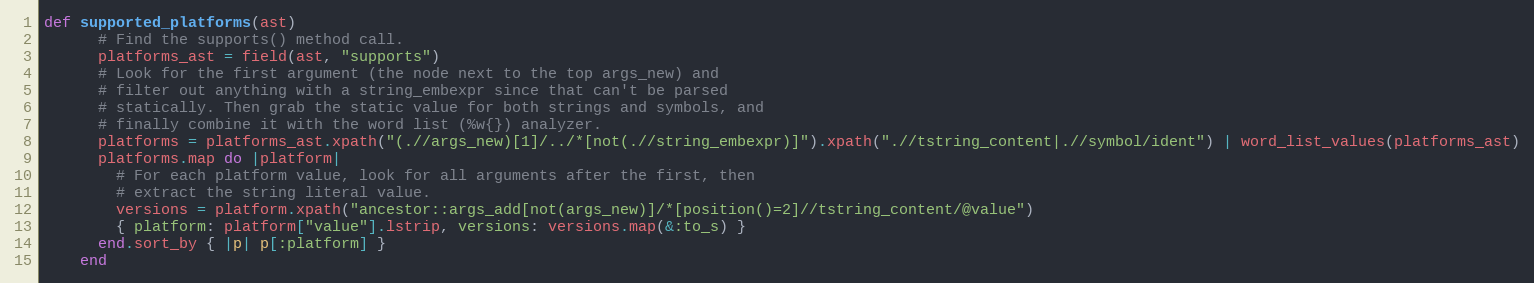
Language: Ruby
def supported_platforms(ast)
      # Find the supports() method call.
      platforms_ast = field(ast, "supports")
      # Look for the first argument (the node next to the top args_new) and
      # filter out anything with a string_embexpr since that can't be parsed
      # statically. Then grab the static value for both strings and symbols, and
      # finally combine it with the word list (%w{}) analyzer.
      platforms = platforms_ast.xpath("(.//args_new)[1]/../*[not(.//string_embexpr)]").xpath(".//tstring_content|.//symbol/ident") | word_list_values(platforms_ast)
      platforms.map do |platform|
        # For each platform value, look for all arguments after the first, then
        # extract the string literal value.
        versions = platform.xpath("ancestor::args_add[not(args_new)]/*[position()=2]//tstring_content/@value")
        { platform: platform["value"].lstrip, versions: versions.map(&:to_s) }
      end.sort_by { |p| p[:platform] }
    end